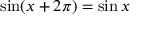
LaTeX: \sin ( x + 2 \pi ) = \sin x